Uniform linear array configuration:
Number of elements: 16
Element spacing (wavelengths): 0.5
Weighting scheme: exponential
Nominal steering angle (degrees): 60
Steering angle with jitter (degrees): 58.295
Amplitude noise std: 0.05
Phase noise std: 0.05

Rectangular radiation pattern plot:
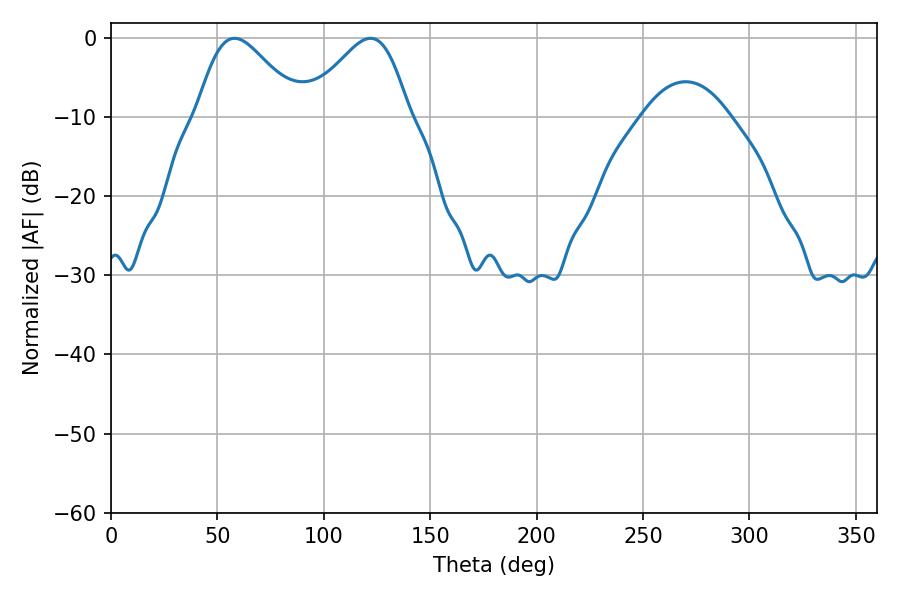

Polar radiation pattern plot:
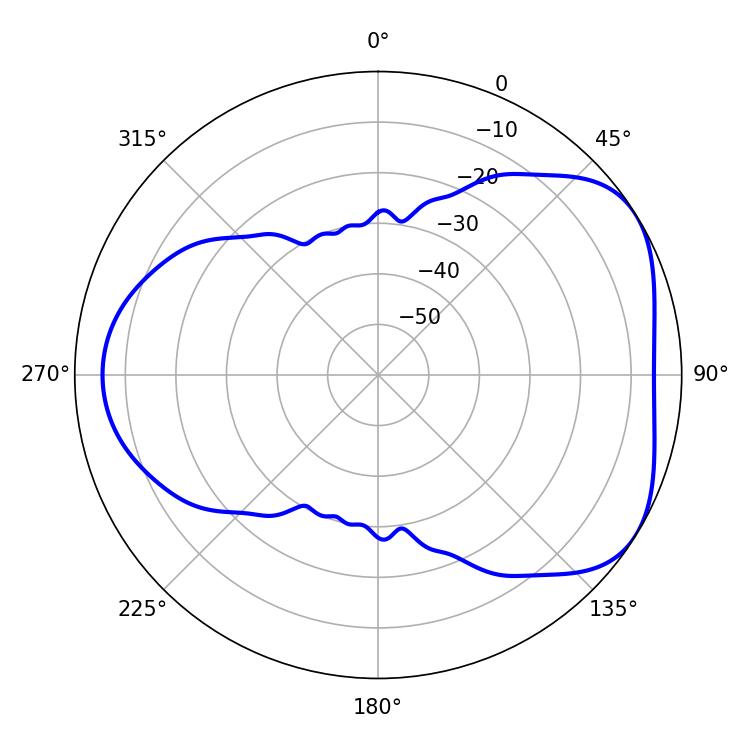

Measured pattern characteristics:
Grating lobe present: FALSE
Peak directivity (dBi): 4.569
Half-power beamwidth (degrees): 25.38
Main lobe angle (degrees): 57.96